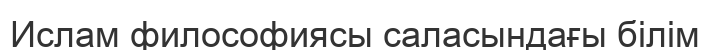
Ислам философиясы саласындағы білім